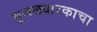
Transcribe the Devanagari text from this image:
भूजलधारकाचा